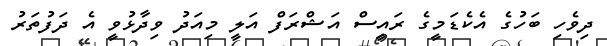
ދިވެހި ބަހުގެ އެކެޑަމީގެ ރައީސް އަޝްރަފް އަލީ މިއަދު ވިދާޅުވީ އެ ދަފުތަރު